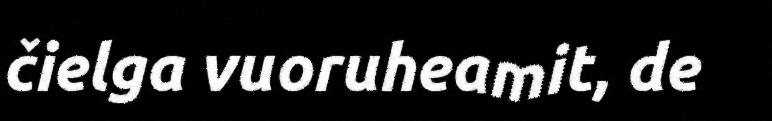
čielga vuoruheamit, de